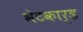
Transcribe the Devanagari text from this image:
भेटकार्ड